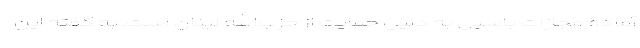
آماده مجازات باسیل به دلیل حمایت از حزب‌الله لبنان است. به گفته این